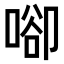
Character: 𠶸